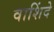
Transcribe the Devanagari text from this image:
वाशिंदे